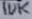
Text: 10K